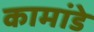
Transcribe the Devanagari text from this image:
कामांडे